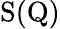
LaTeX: \mathrm{S(Q)}